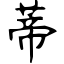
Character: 蒂